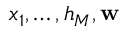
x _ { 1 } , \hdots , h _ { M } , \mathbf { w }